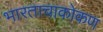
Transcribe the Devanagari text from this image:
भारताचाकोकण